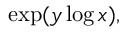
\exp ( y \log x ) ,